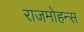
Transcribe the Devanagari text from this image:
राजमोहन्स